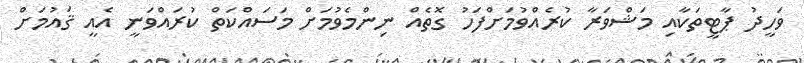
ވަހީދު ޕާޓީތަކާއި މަޝްވަރާ ކުރެއްވުމަށްފަހު ގޮތެއް ނިންމެވުމަށް މަސައްކަތް ކުރައްވަނީ އެއީ ޤައުމަށް